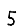
Digit: 5